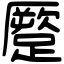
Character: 蹷